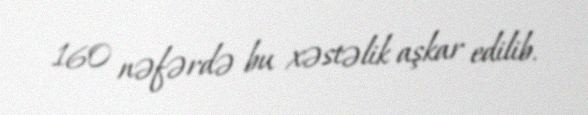
160 nəfərdə bu xəstəlik aşkar edilib.